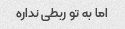
اما به تو ربطی نداره